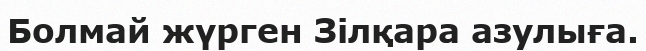
Болмай жүрген Зілқара азулыға.